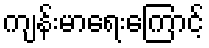
ကျန်းမာရေးကြောင့်